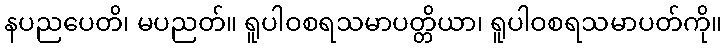
နပညပေတိ၊ မပညတ်။ ရူပါဝစရသမာပတ္တိယာ၊ ရူပါဝစရသမာပတ်ကို။